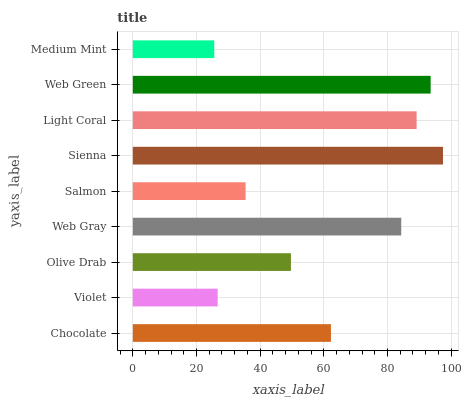
| yaxis_label | bars |
 | --- | --- |
 | Chocolate | 62.2 |
 | Violet | 26.7 |
 | Olive Drab | 49.7 |
 | Web Gray | 84.3 |
 | Salmon | 35.4 |
 | Sienna | 97.4 |
 | Light Coral | 89.1 |
 | Web Green | 93.6 |
 | Medium Mint | 25.6 |